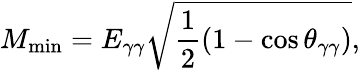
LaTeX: M_{\textrm{min}}=E_{\gamma\gamma}\sqrt{\frac{1}{2}\left(1-\cos\theta_{\gamma\gamma}\right)},